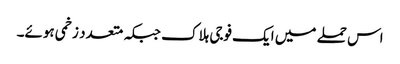
اس حملے میں ایک فوجی ہلاک جبکہ متعدد زخمی ہوئے۔